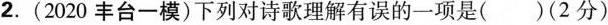
2.(2020丰台一模)下列对诗歌理解有误的一项是()(2分)